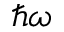
\hbar \omega